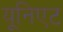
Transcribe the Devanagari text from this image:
यूनिएट